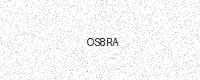
Text: OS8RA